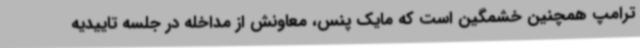
ترامپ همچنین خشمگین است که مایک پنس، معاونش از مداخله در جلسه تاییدیه